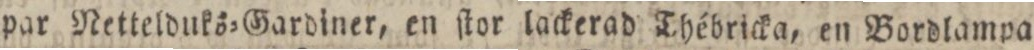
par Nettelduks=Gardiner, en ſtor lackerad Thébricka, en Bordlampa